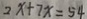
2 x + 7 x = 5 4